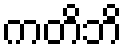
ကတိဘိ